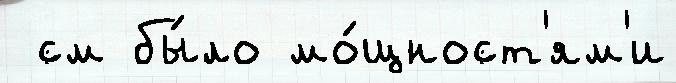
 см бы́ло мо́щност'ям'и